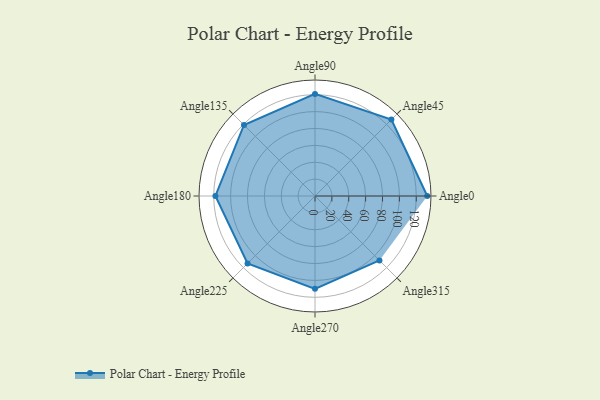
{"axis": {"x": "Angle", "y": "Radius"}, "legend": [""], "data": [{"x": "Angle0", "y": 133.0, "type": ""}, {"x": "Angle45", "y": 128.0, "type": ""}, {"x": "Angle90", "y": 121.0, "type": ""}, {"x": "Angle135", "y": 119.0, "type": ""}, {"x": "Angle180", "y": 118.0, "type": ""}, {"x": "Angle225", "y": 113.0, "type": ""}, {"x": "Angle270", "y": 110.0, "type": ""}, {"x": "Angle315", "y": 108.0, "type": ""}]}